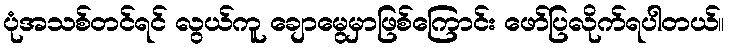
ပုံအသစ်တင်ရင် လွယ်ကူ ချောမွေမှာဖြစ်ကြောင်း ဖော်ပြလိုက်ရပါတယ်။